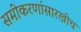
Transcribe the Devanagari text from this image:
समीकरणांसारखीच